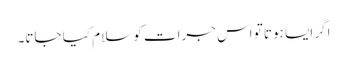
اگر ایسا ہوتا تو اس جرات کو سلام کیا جاتا۔